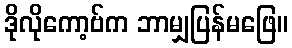
ဒိုလိုကော့ဗ်က ဘာမျှပြန်မဖြေ။